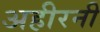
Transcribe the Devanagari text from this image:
अहीरनी